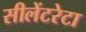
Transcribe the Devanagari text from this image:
सीलेंटरेटा